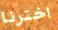
اخترنا